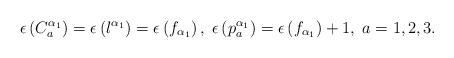
LaTeX: \begin{align*}\epsilon \left( C_{a}^{\alpha _{1}}\right) =\epsilon \left( l^{\alpha_{1}}\right) =\epsilon \left( f_{\alpha _{1}}\right) ,\;\epsilon \left(p_{a}^{\alpha _{1}}\right) =\epsilon \left( f_{\alpha _{1}}\right)+1,\;a=1,2,3. \end{align*}